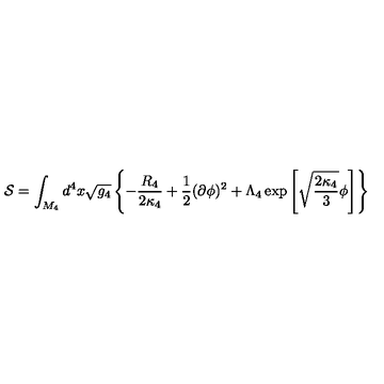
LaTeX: { \cal S } = \int _ { M _ { 4 } } d ^ { 4 } x \sqrt { g _ { 4 } } \left\{ - \frac { R _ { 4 } } { 2 \kappa _ { 4 } } + \frac { 1 } { 2 } ( \partial \phi ) ^ { 2 } + \Lambda _ { 4 } \exp \left[ \sqrt { \frac { 2 \kappa _ { 4 } } { 3 } } \phi \right] \right\}